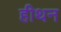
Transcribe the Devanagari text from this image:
हीथन